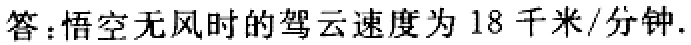
答：悟空无风时的驾云速度为 18 千米/分钟.